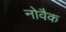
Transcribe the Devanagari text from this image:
नोवैक